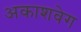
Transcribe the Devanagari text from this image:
अकाशवेग